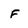
Character: f